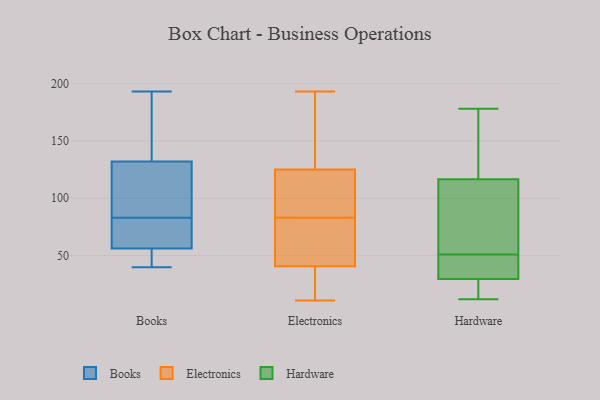
{"axis": {"x": "Backlog", "y": "Value"}, "legend": ["Books", "Electronics", "Hardware"], "data": [{"x": "", "y": 83, "type": "Books"}, {"x": "", "y": 41, "type": "Books"}, {"x": "", "y": 146, "type": "Books"}, {"x": "", "y": 68, "type": "Books"}, {"x": "", "y": 40, "type": "Books"}, {"x": "", "y": 53, "type": "Books"}, {"x": "", "y": 193, "type": "Books"}, {"x": "", "y": 66, "type": "Books"}, {"x": "", "y": 132, "type": "Books"}, {"x": "", "y": 121, "type": "Books"}, {"x": "", "y": 132, "type": "Books"}, {"x": "", "y": 184, "type": "Electronics"}, {"x": "", "y": 30, "type": "Electronics"}, {"x": "", "y": 11, "type": "Electronics"}, {"x": "", "y": 58, "type": "Electronics"}, {"x": "", "y": 83, "type": "Electronics"}, {"x": "", "y": 109, "type": "Electronics"}, {"x": "", "y": 193, "type": "Electronics"}, {"x": "", "y": 34, "type": "Electronics"}, {"x": "", "y": 100, "type": "Electronics"}, {"x": "", "y": 43, "type": "Electronics"}, {"x": "", "y": 137, "type": "Electronics"}, {"x": "", "y": 43, "type": "Electronics"}, {"x": "", "y": 121, "type": "Electronics"}, {"x": "", "y": 13, "type": "Hardware"}, {"x": "", "y": 178, "type": "Hardware"}, {"x": "", "y": 12, "type": "Hardware"}, {"x": "", "y": 46, "type": "Hardware"}, {"x": "", "y": 165, "type": "Hardware"}, {"x": "", "y": 115, "type": "Hardware"}, {"x": "", "y": 117, "type": "Hardware"}, {"x": "", "y": 51, "type": "Hardware"}, {"x": "", "y": 41, "type": "Hardware"}, {"x": "", "y": 55, "type": "Hardware"}, {"x": "", "y": 26, "type": "Hardware"}]}